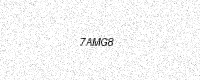
Text: 7AMG8